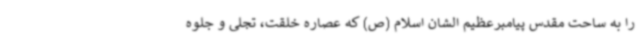
را به ساحت مقدس پیامبرعظیم الشان اسلام (ص) که عصاره خلقت، تجلی و جلوه